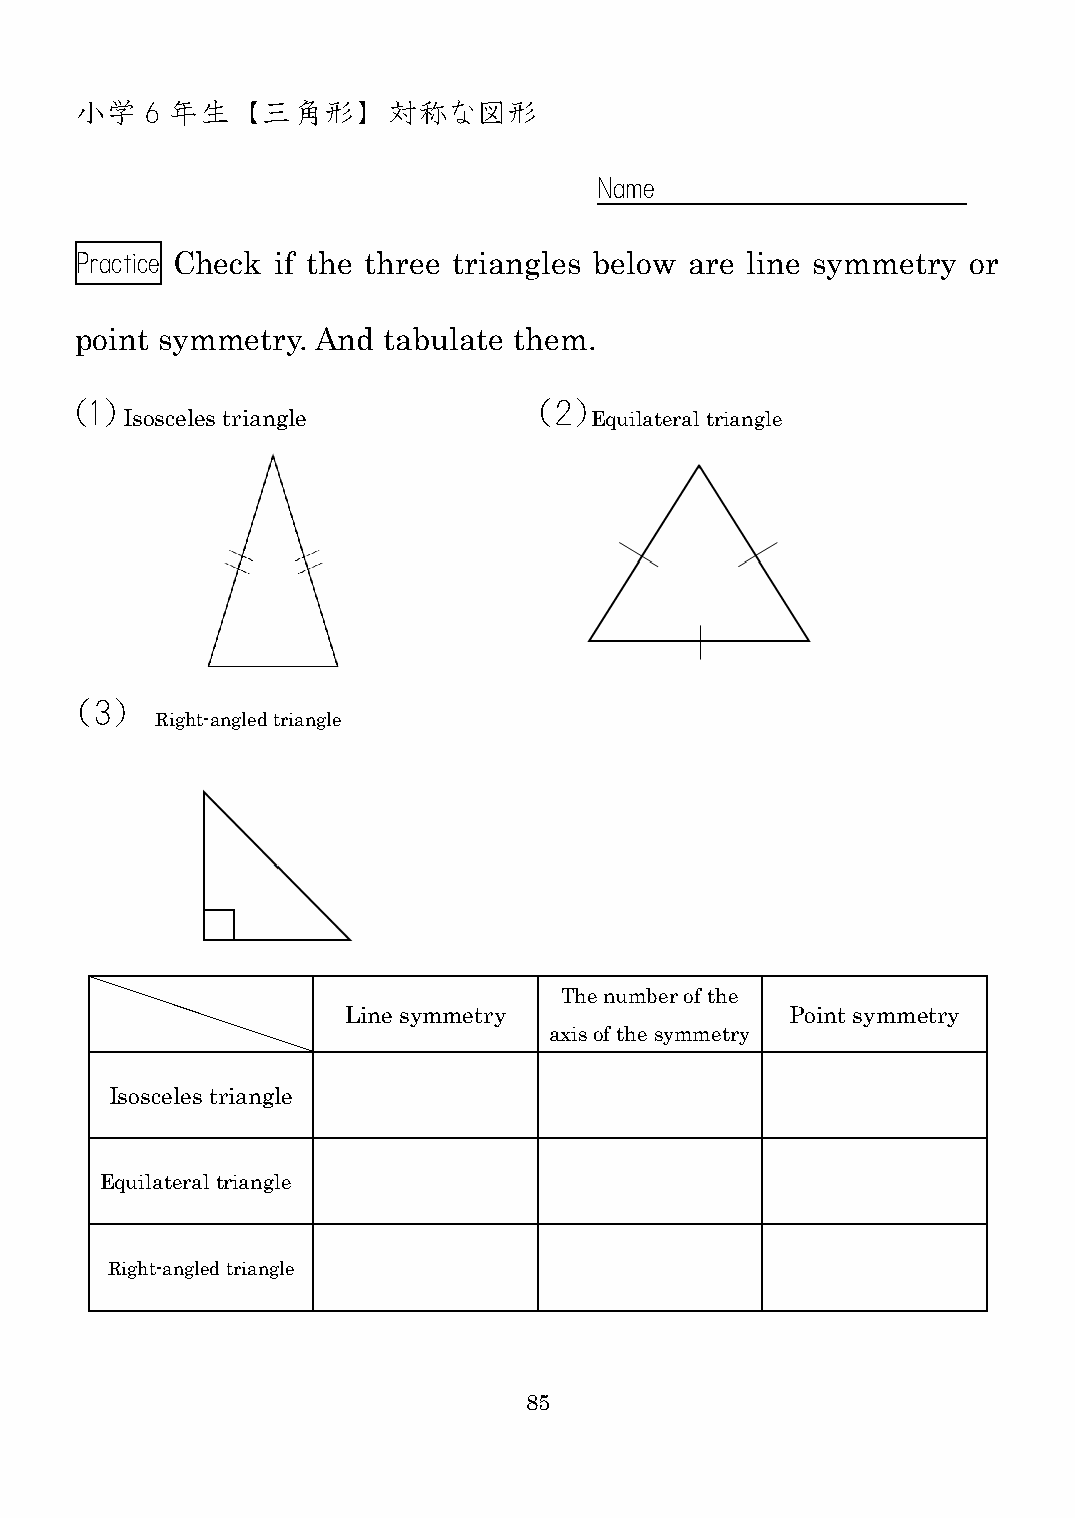
小学   6 年生  【三角形】     対称な図形
 Name
 Practice Check if the three triangles below are line symmetry or
 point symmetry. And tabulate them.
 (1)                           （2）
 Isosceles triangle             Equilateral triangle
 （3）
 Right-angled triangle
 The number of the
 Line symmetry                Point symmetry
 axis of the symmetry
 Isosceles triangle
 Equilateral triangle
 Right-angled triangle
 85